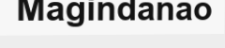
Magindanao